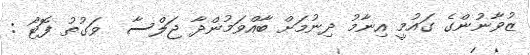
ޒުވާނުންގެ ގައުމީ އިނާމު ދިނުމަށް ބާއްވަމުންދާ ޖަލްސާ  ވަގުތު ފޮޓޯ :